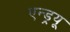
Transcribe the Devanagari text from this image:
एन्‍ड्रयू